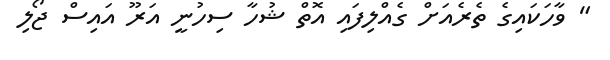
" ވާހަކައިގެ ތެރެއަށް ގެއްލިފައި އޮތް ޝުހާ ސިހުނީ އަރޫ އައިސް ޖޯލި